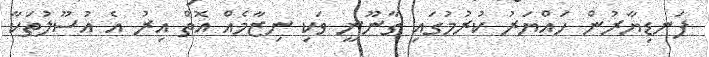
ފަނޑިޔާރުން ހައްޔަރު ކުރުމުގައި ގާނޫނީ ވަކި ނިޒާމެއް އޮތް އިރު އެ އުސޫލުތަކާ